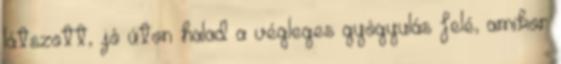
látszott, jó úton halad a végleges gyógyulás felé, amikor